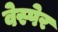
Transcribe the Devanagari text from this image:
वेस्पेर